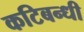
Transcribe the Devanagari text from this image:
कटिबन्धी